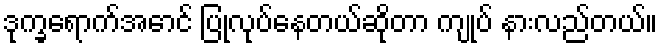
ဒုက္ခရောက်အောင် ပြုလုပ်နေတယ်ဆိုတာ ကျုပ် နားလည်တယ်။